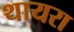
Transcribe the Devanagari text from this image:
थायरा